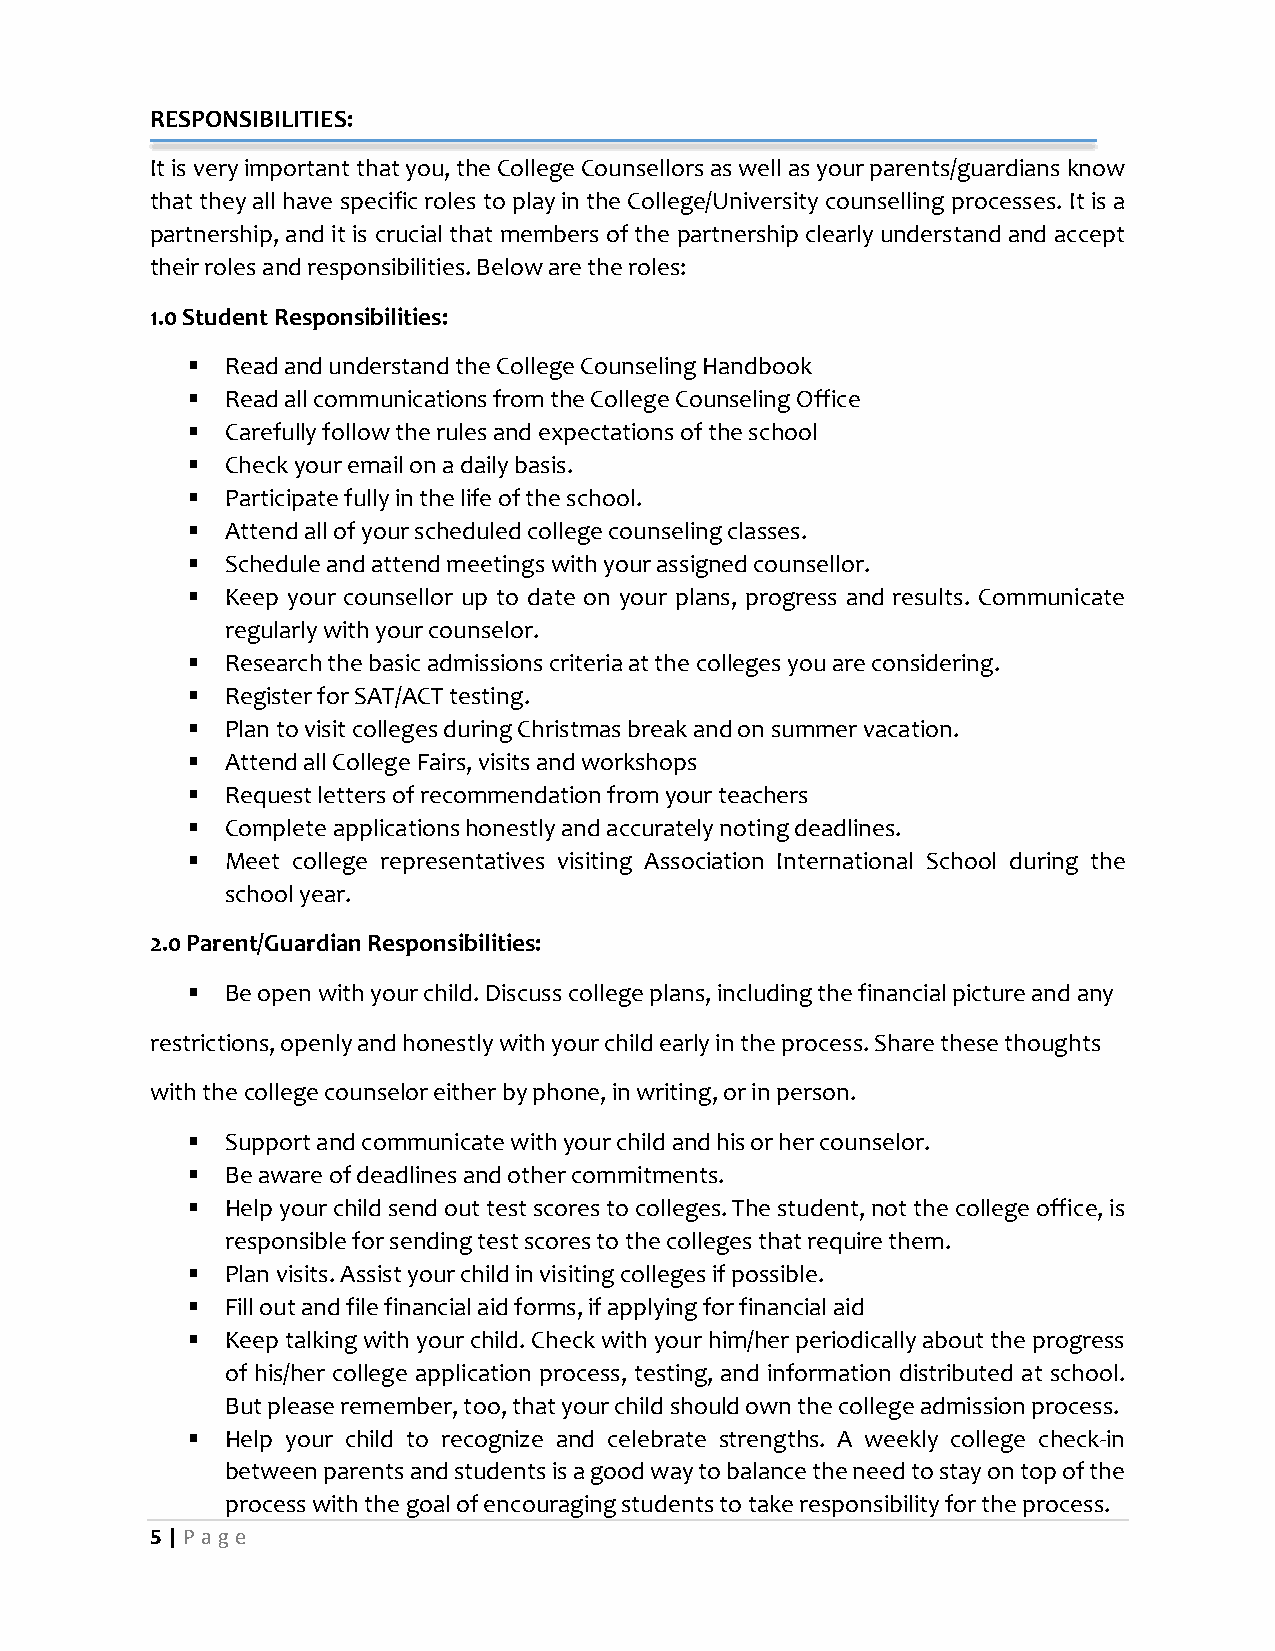
RESPONSIBILITIES:
 It is very important that you, the College Counsellors as well as your parents/guardians know
 that they all have specific roles to play in the College/University counselling processes. It is a
 partnership, and it is crucial that members of the partnership clearly understand and accept
 their roles and responsibilities. Below are the roles:
 1.0 Student Responsibilities:
   Read and understand the College Counseling Handbook
   Read all communications from the College Counseling Office
   Carefully follow the rules and expectations of the school
   Check your email on a daily basis.
   Participate fully in the life of the school.
   Attend all of your scheduled college counseling classes.
   Schedule and attend meetings with your assigned counsellor.
   Keep your counsellor up to date on your plans, progress and results. Communicate
 regularly with your counselor.
   Research the basic admissions criteria at the colleges you are considering.
   Register for SAT/ACT testing.
   Plan to visit colleges during Christmas break and on summer vacation.
   Attend all College Fairs, visits and workshops
   Request letters of recommendation from your teachers
   Complete applications honestly and accurately noting deadlines.
   Meet college representatives visiting Association International School during the
 school year.
 2.0 Parent/Guardian Responsibilities:
   Be open with your child. Discuss college plans, including the financial picture and any
 restrictions, openly and honestly with your child early in the process. Share these thoughts
 with the college counselor either by phone, in writing, or in person.
   Support and communicate with your child and his or her counselor.
   Be aware of deadlines and other commitments.
   Help your child send out test scores to colleges. The student, not the college office, is
 responsible for sending test scores to the colleges that require them.
   Plan visits. Assist your child in visiting colleges if possible.
   Fill out and file financial aid forms, if applying for financial aid
   Keep talking with your child. Check with your him/her periodically about the progress
 of his/her college application process, testing, and information distributed at school.
 But please remember, too, that your child should own the college admission process.
   Help your child to recognize and celebrate strengths. A weekly college check-in
 between parents and students is a good way to balance the need to stay on top of the
 process with the goal of encouraging students to take responsibility for the process.
 5 | P age